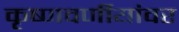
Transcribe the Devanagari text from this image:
कृष्णवर्णीयांवर